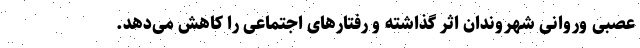
عصبی وروانی شهروندان اثر گذاشته و رفتار‌های اجتماعی را کاهش می‌دهد.